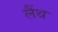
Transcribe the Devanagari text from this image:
लैंथ